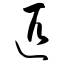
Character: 匹